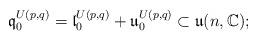
LaTeX: \begin{align*} {\mathfrak q}^{U(p,q)}_0 = {\mathfrak l}^{U(p,q)}_0 + {\mathfrak u}^{U(p,q)}_0 \subset {\mathfrak u}(n,{\mathbb C});\end{align*}